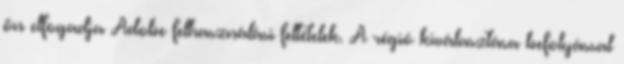
ön elfogadja Adobe felhasználási feltételek. A régió kiválasztása befolyással